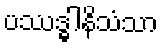
ပဿဒ္ဓါနိသံသာ